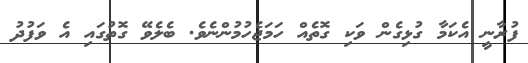
ފުރާނީ އެކަމާ ގުޅިގެން ވަކި ގޮތެއް ހަމަޖެހުމުންނެވެ. ބެލެވޭ ގޮތުގައި އެ ވަފުދު